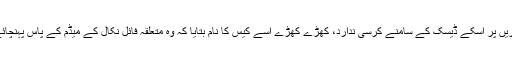
تو بیٹھ کے بات کریں پر اسکے ڈیسک کے سامنے کرسی ندارد، کھڑے کھڑے اسے کیس کا نام بتایا کہ وہ متعلقہ فائل نکال کے میڈم کے پاس پہنچائے اور ہم پیش ہوں۔